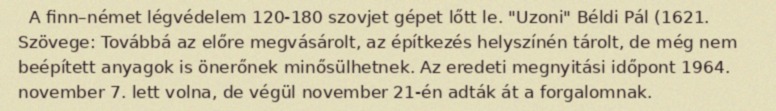
A finn–német légvédelem 120-180 szovjet gépet lőtt le. "Uzoni" Béldi Pál (1621. Szövege: Továbbá az előre megvásárolt, az építkezés helyszínén tárolt, de még nem beépített anyagok is önerőnek minősülhetnek. Az eredeti megnyitási időpont 1964. november 7. lett volna, de végül november 21-én adták át a forgalomnak.